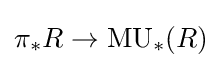
\pi _{*}R\to \operatorname {MU} _{*}(R)